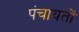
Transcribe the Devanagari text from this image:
पंचायताें